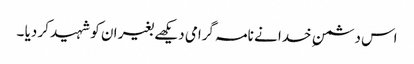
اس دشمن ِ خدا نے نامہ گرامی دیکھے بغیر ان کو شہید کر دیا ۔